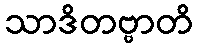
သာဒိတဗ္ဗာတိ